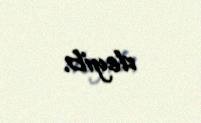
deyib.